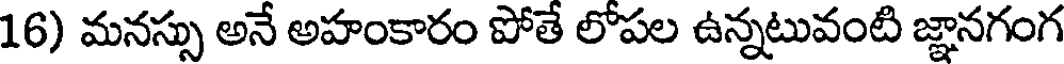
16) మనస్సు అనే అహంకారం పోతే లోపల ఉన్నటువంటి జ్ఞానగంగ